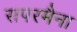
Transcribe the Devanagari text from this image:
सपरमैना